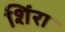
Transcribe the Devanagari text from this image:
शिंरा